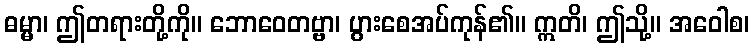
ဓမ္မာ၊ ဤတရားတို့ကို။ ဘောဝေတဗ္ဗာ၊ ပွားစေအပ်ကုန်၏။ ဣတိ၊ ဤသို့။ အဝေါစ၊